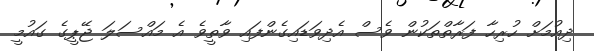
ދިއުމަށް ހުރިހާ ފަރާތްތަކުން ވެސް އެދިވަޑައިގެންފައި ވާތީވެ އެ މައްސަލަ ޖޭޕީގެ ގައުމީ